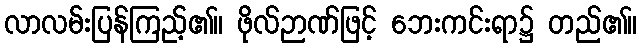
လာလမ်းပြန်ကြည့်၏။ ဖိုလ်ဉာဏ်ဖြင့် ဘေးကင်းရာ၌ တည်၏။